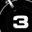
Digit: 3